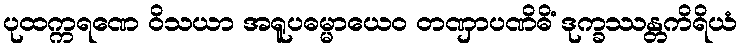
ပုထက္ကရဏေ ဝိသယာ အရူပဓမ္မာယေဝ တဏှာပဏိဓိံ ဒုက္ခဿန္တကိရိယံ